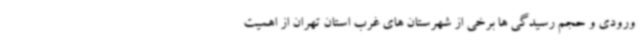
ورودی و حجم رسیدگی ها برخی از شهرستان های غرب استان تهران از اهمیت